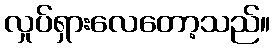
လှုပ်ရှားလေတော့သည်။